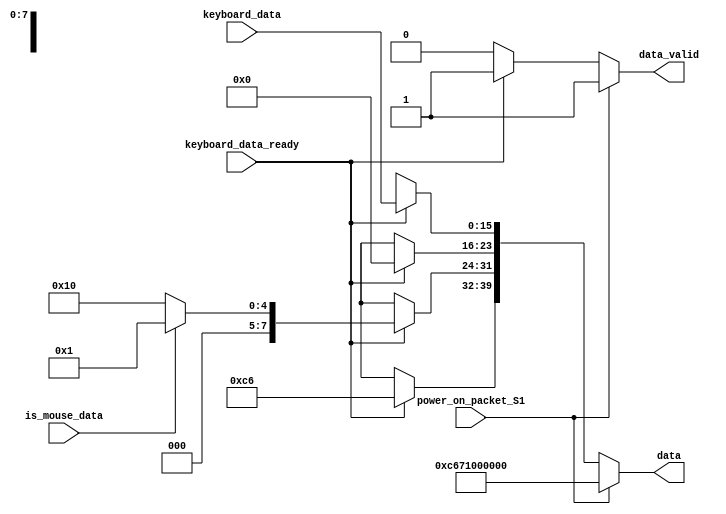
`default_nettype none

module OpEncoder(
	input wire power_on_packet_S1,
	input wire keyboard_data_ready,
	input wire is_mouse_data,
	input wire [15:0] keyboard_data, // 2 bytes
	output reg [39:0] data,
	output reg data_valid
);

	always@ (*) begin
		data = 40'hxxxxxxxxxx;
		data_valid = 0;
		if (power_on_packet_S1) begin
			data = 40'hc671000000; // may be ok 40'hc670000000 as well
			data_valid = 1;
		end else if (keyboard_data_ready) begin
			data[39:32] = 8'hc6;
			data[31:24] = is_mouse_data ? 8'h01 : 8'h10;
			data[23:16] = 8'h00;
			data[15:0] = keyboard_data;
			data_valid = 1;
		end
			
	end

endmodule